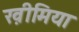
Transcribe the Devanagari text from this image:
ख़ीमिया